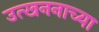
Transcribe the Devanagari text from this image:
उत्खननाच्या